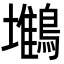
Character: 𪅧